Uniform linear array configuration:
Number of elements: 16
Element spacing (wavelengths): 1
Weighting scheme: cosine
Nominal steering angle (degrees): -45
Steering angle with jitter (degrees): -46.043
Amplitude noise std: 0.05
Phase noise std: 0.05

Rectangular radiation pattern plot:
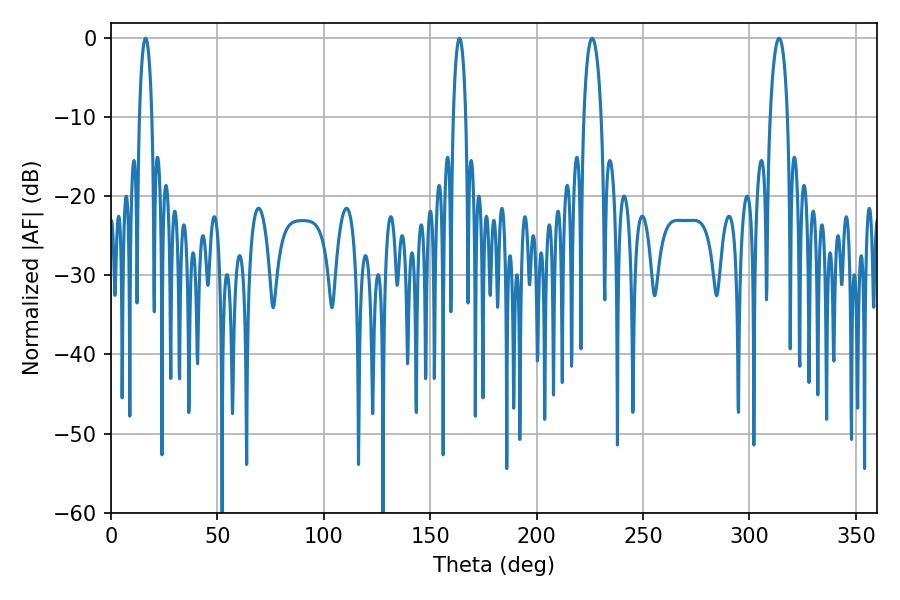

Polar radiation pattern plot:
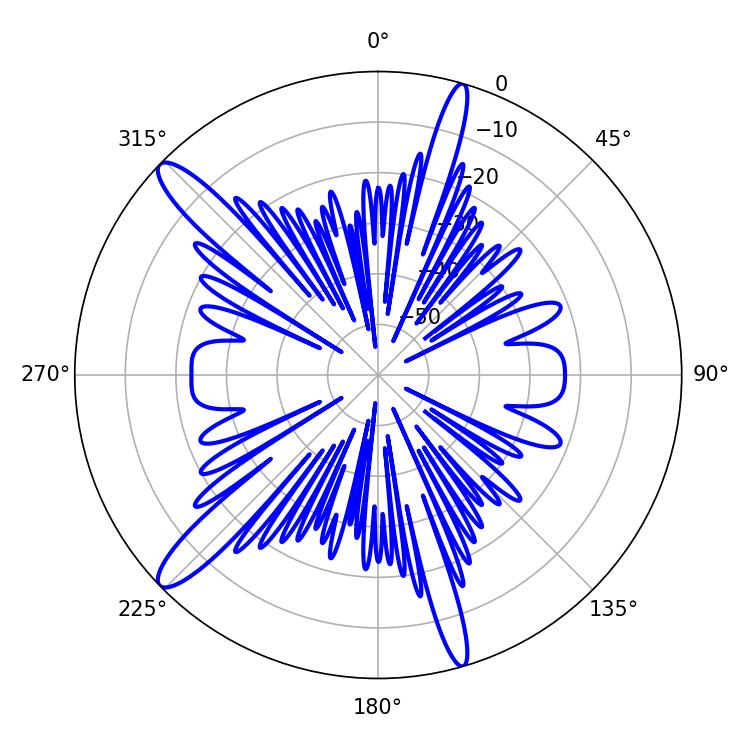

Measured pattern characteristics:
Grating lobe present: TRUE
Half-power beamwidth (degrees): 4.68
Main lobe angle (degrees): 226.08